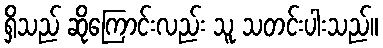
ရှိသည် ဆိုကြောင်းလည်း သူ သတင်းပါးသည်။